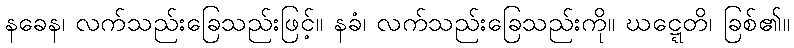
နခေန၊ လက်သည်းခြေသည်းဖြင့်။ နခံ၊ လက်သည်းခြေသည်းကို။ ဃဋ္ဋေတိ၊ ခြစ်၏။